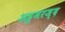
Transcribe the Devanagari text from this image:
अहुमरज्द